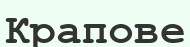
Крапове